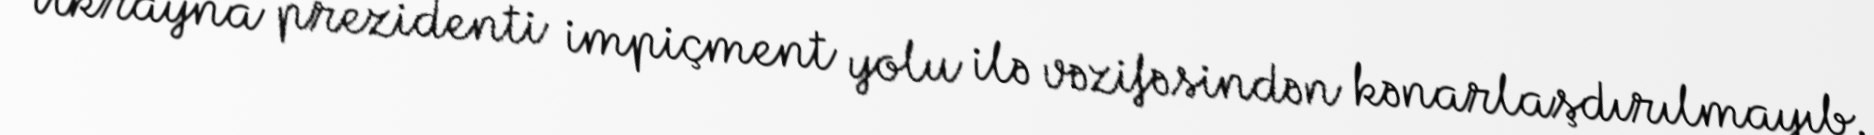
Ukrayna prezidenti impiçment yolu ilə vəzifəsindən kənarlaşdırılmayıb.